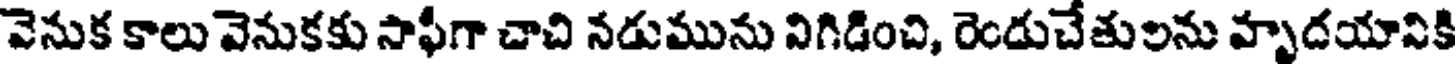
వెనుక కాలు వెనుకకు సాఫీగా చాచి నడుమును విగిడించి, రెండుచేతులను హృదయానికి